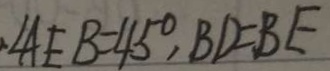
\angle A E B = 4 5 ^ { \circ } , B D = B E